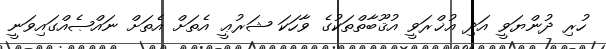
ހުރި ދުންޔަވީ އަދި އުޚްރަވީ އުޤޫބާތްތަކުގެ ވާހަކަ ޝަރުޢީ އެތަށް އެތަށް ނައްޞެއްގައިވަނީ